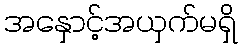
အနှောင့်အယှက်မရှိ